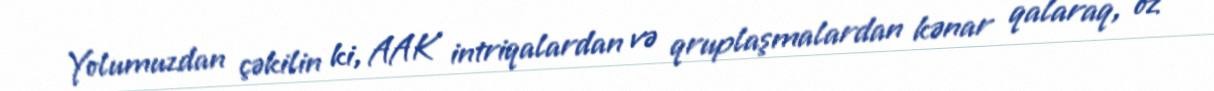
Yolumuzdan çəkilin ki, AAK intriqalardan və qruplaşmalardan kənar qalaraq, öz